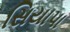
સિયાપા